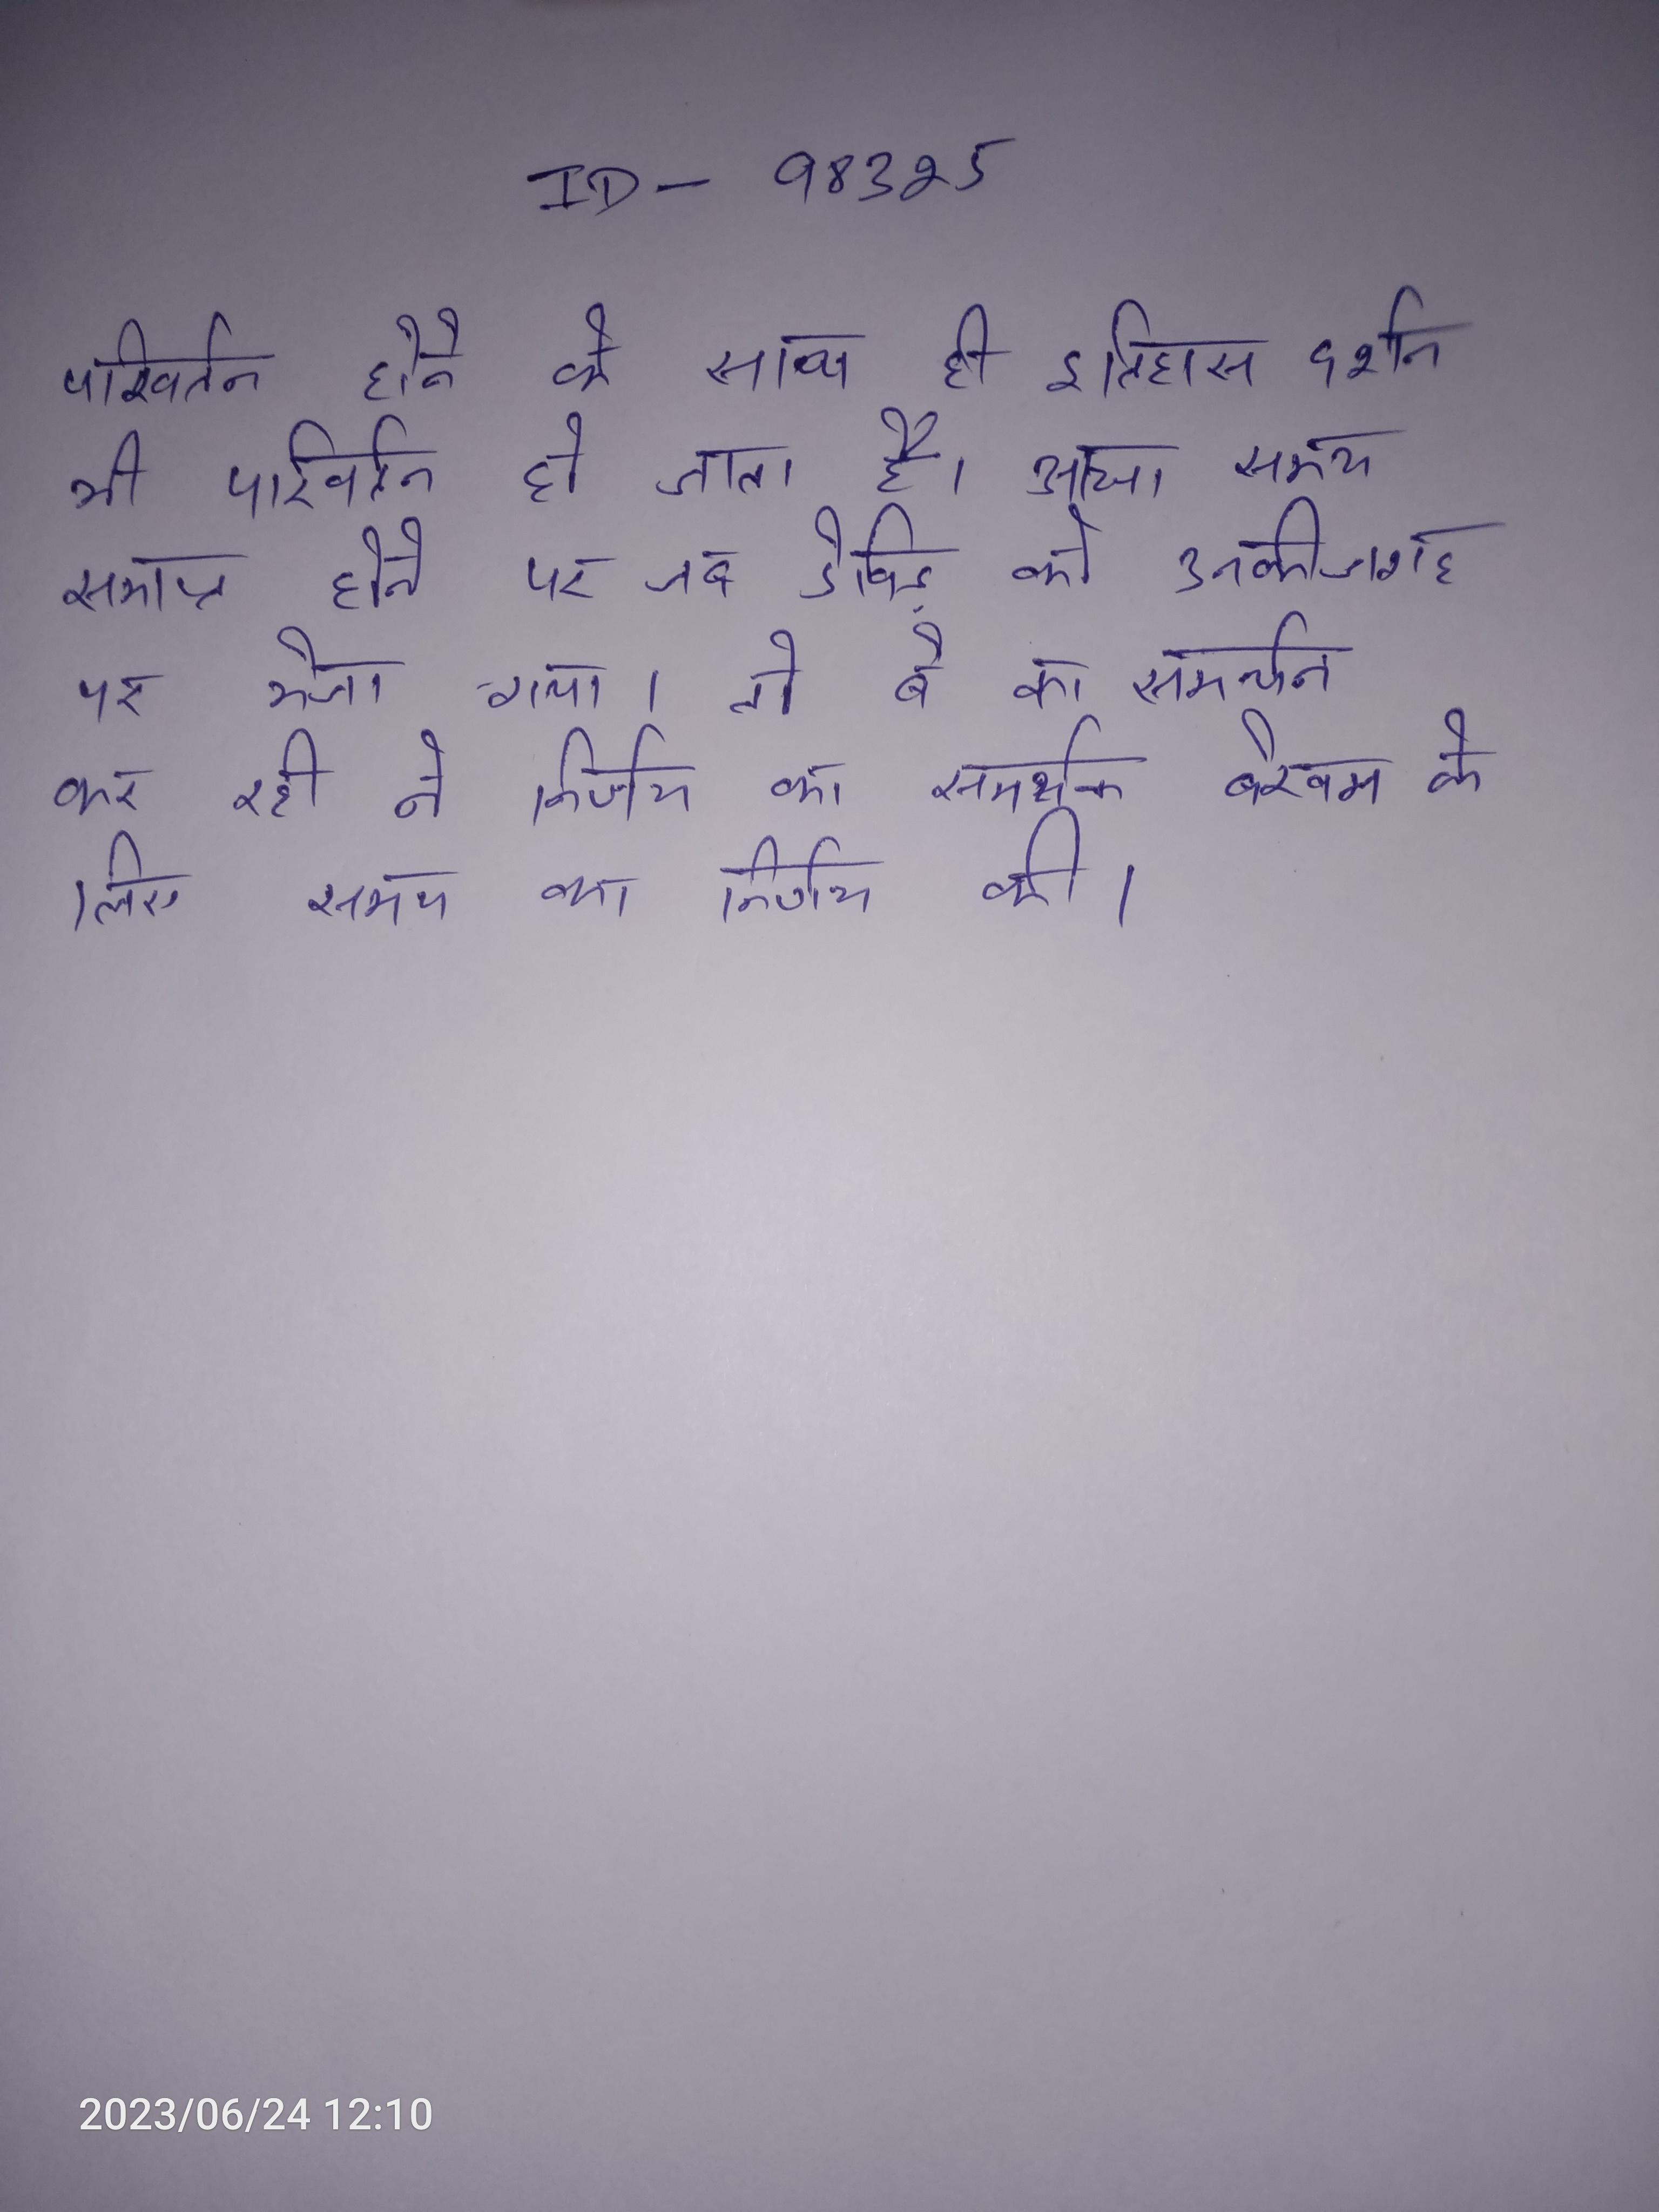
परिवर्तन होने के साथ ही इतिहास दर्शन भी परिवर्तन हो जाता है । आधा समय समाप्त होने पर जब डेविड को उनकी जगह पर भेजा गया तो बे का समर्थन कर रही ने निर्णय का समर्थक बेखम के लिए समय का निर्णय की की ।